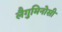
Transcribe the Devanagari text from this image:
लैगुमिनोसी